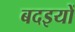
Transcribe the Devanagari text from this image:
बदइयों